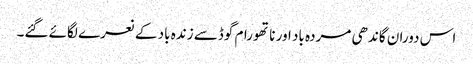
اس دوران گاندھی مردہ باد اور ناتھورام گوڈسے زندہ باد کے نعرے لگائے گئے۔